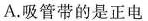
A.吸管带的是正电 铁支架